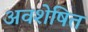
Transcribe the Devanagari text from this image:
अवशेषित